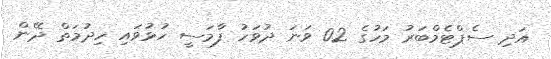
އަދި ސެޕްޓެމްބަރު މަހުގެ 02 ވަނަ ދުވަހު ފާމަސީ ހުޅުވައި ހިދުމަތް ދޭން